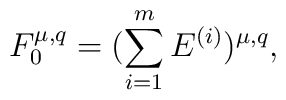
F^{\mu,q}_{0}=(\sum_{i=1}^{m}E^{(i)})^{\mu,q},